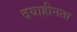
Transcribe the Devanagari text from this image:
दयाहीनता